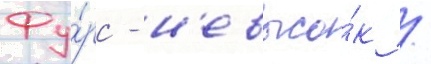
Фу́рс - н'евысо́к /